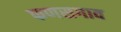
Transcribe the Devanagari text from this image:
फणसगाव